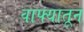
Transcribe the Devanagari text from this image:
वाफ्यातून